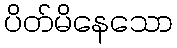
ပိတ်မိနေသော